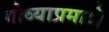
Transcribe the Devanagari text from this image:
गोव्याप्रमाणे